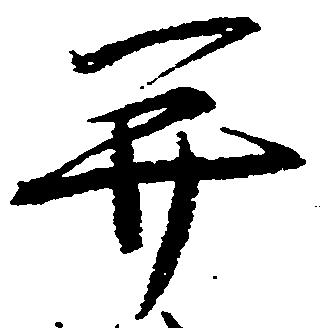
并